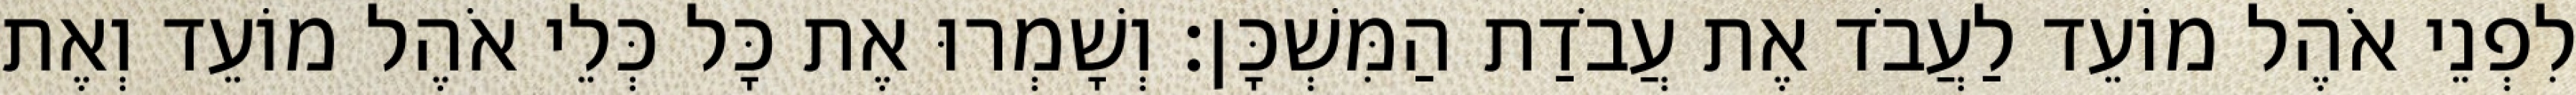
לִפְנֵי אֹהֶל מוֹעֵד לַעֲבֹד אֶת עֲבֹדַת הַמִּשְׁכָּן׃ וְשָׁמְרוּ אֶת כָּל כְּלֵי אֹהֶל מוֹעֵד וְאֶת